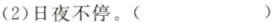
(2)日夜不停。( )